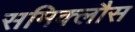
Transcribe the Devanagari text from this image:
समिक्लौस